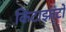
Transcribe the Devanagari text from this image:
किटाझाटो